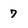
Character: 7